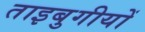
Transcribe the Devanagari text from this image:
ताइबुगीयों